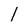
Character: l